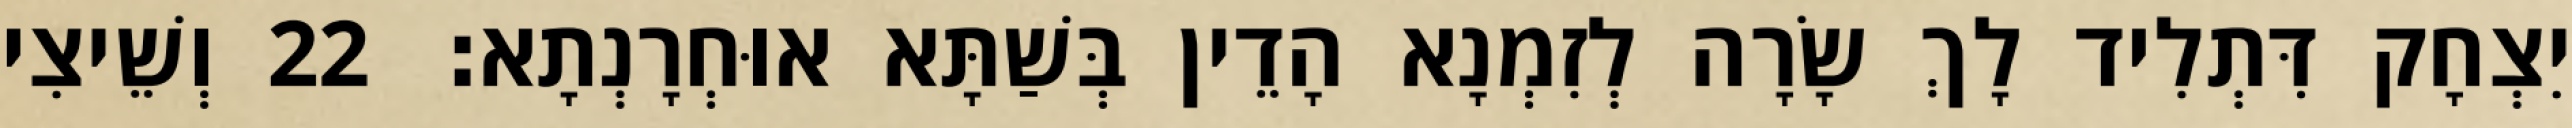
יִצְחָק דִּתְלִיד לָךְ שָׂרָה לְזִמְנָא הָדֵין בְּשַׁתָּא אוּחְרָנְתָא׃ 22 וְשֵׁיצִי